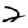
Digit: 2